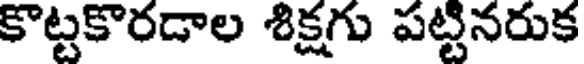
కొట్టకొరడాల శిక్షగు పట్టినరుక